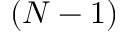
( N - 1 )